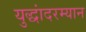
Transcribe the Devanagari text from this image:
युद्धांदरम्यान